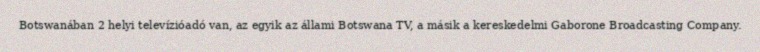
Botswanában 2 helyi televízióadó van, az egyik az állami Botswana TV, a másik a kereskedelmi Gaborone Broadcasting Company.